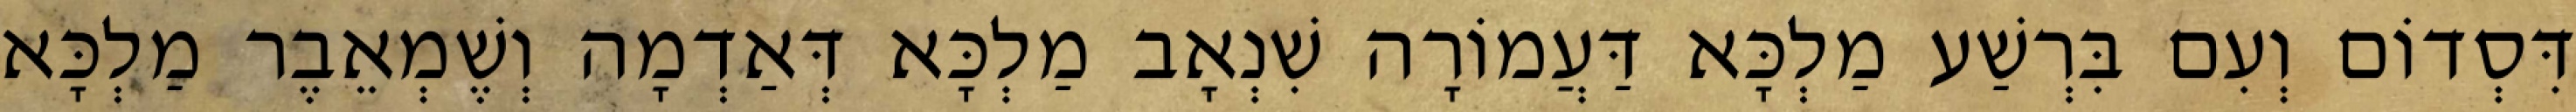
דִּסְדוֹם וְעִם בִּרְשַׁע מַלְכָּא דַּעֲמוֹרָה שִׁנְאָב מַלְכָּא דְּאַדְמָה וְשֶׁמְאֵבֶר מַלְכָּא